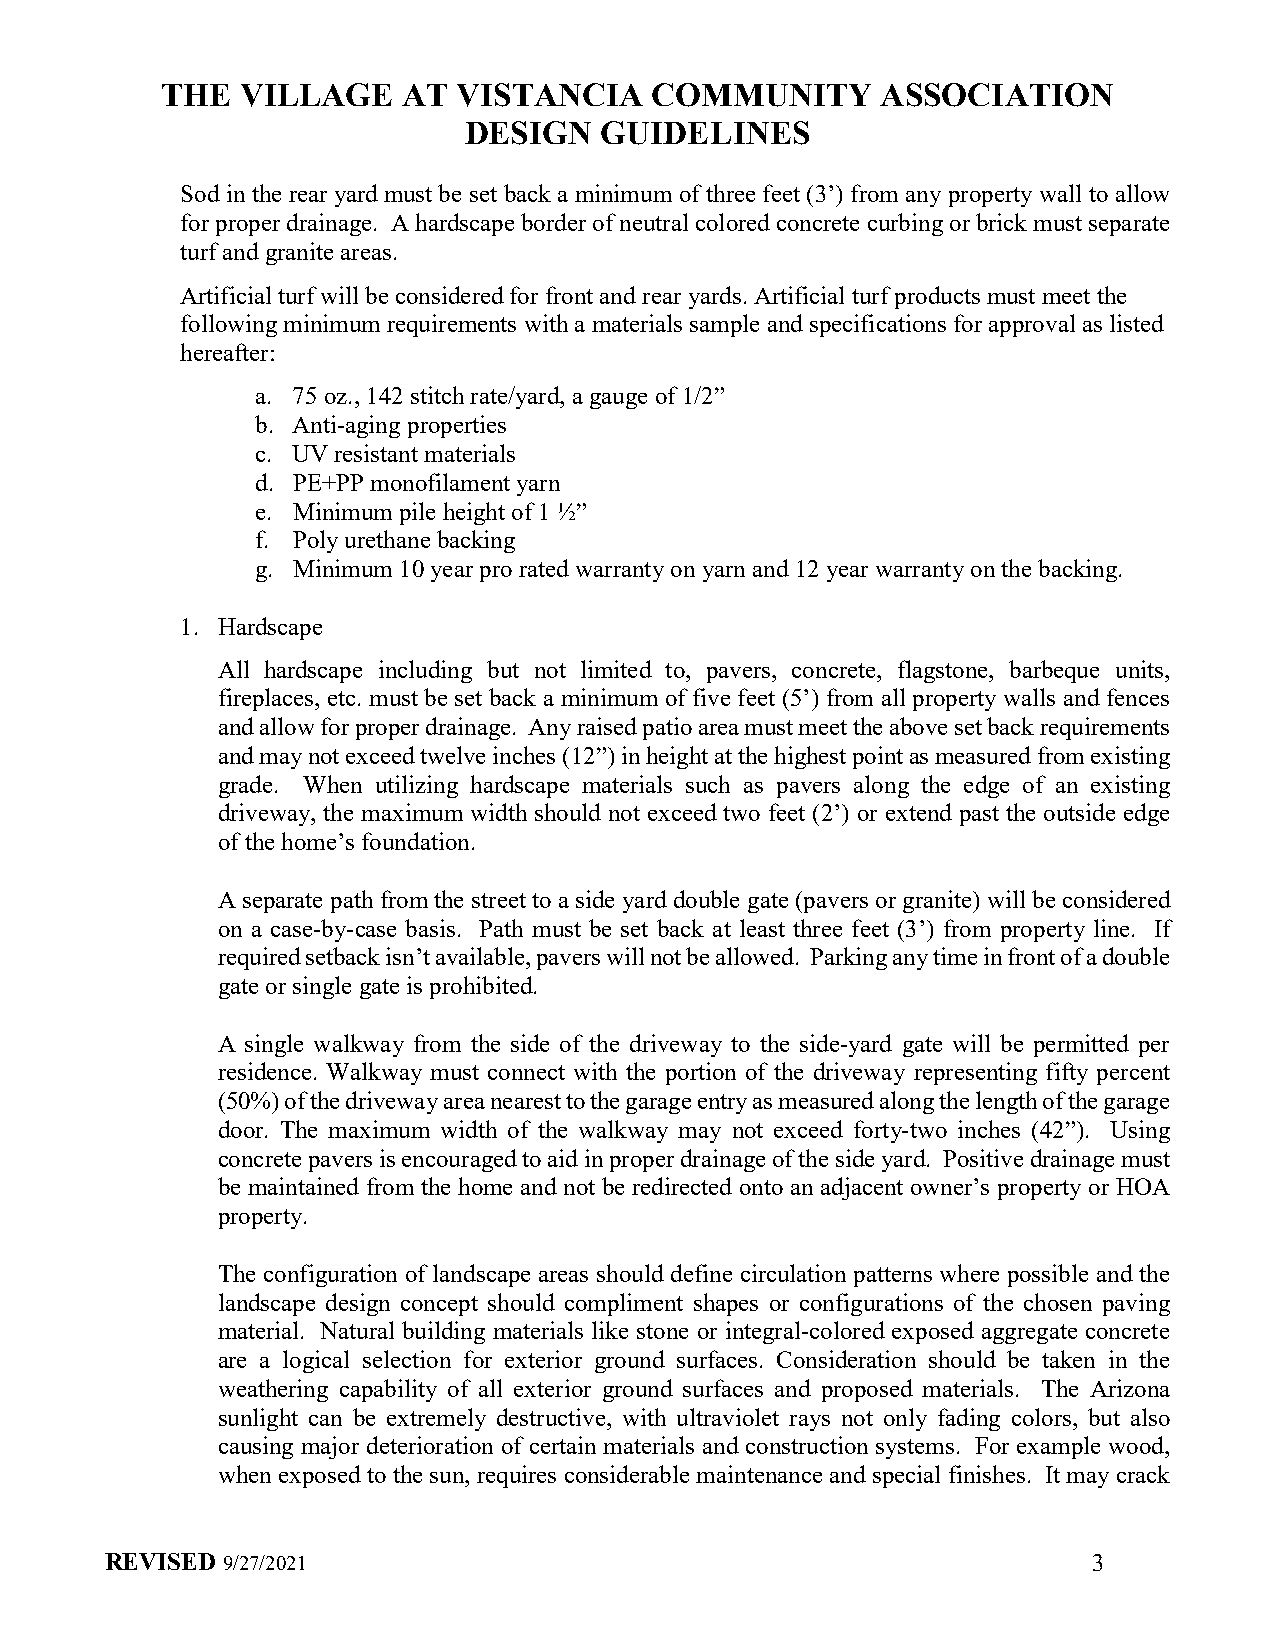
THE  VILLAGE    AT VISTANCIA    COMMUNITY      ASSOCIATION
 DESIGN   GUIDELINES
 Sod in the rear yard must be set back a minimum of three feet (3’) from any property wall to allow
 for proper drainage. A hardscape border of neutral colored concrete curbing or brick must separate
 turf and granite areas.
 Artificial turf will be considered for front and rear yards. Artificial turf products must meet the
 following minimum requirements with a materials sample and specifications for approval as listed
 hereafter:
 a. 75 oz., 142 stitch rate/yard, a gauge of 1/2”
 b. Anti-aging properties
 c. UV resistant materials
 d. PE+PP monofilament yarn
 e. Minimum pile height of 1 ½”
 f. Poly urethane backing
 g. Minimum 10 year pro rated warranty on yarn and 12 year warranty on the backing.
 1. Hardscape
 All hardscape including but not limited to, pavers, concrete, flagstone, barbeque units,
 fireplaces, etc. must be set back a minimum of five feet (5’) from all property walls and fences
 and allow for proper drainage. Any raised patio area must meet the above set back requirements
 and may not exceed twelve inches (12”) in height at the highest point as measured from existing
 grade. When utilizing hardscape materials such as pavers along the edge of an existing
 driveway, the maximum width should not exceed two feet (2’) or extend past the outside edge
 of the home’s foundation.
 A separate path from the street to a side yard double gate (pavers or granite) will be considered
 on a case-by-case basis. Path must be set back at least three feet (3’) from property line. If
 required setback isn’t available, pavers will not be allowed. Parking any time in front of a double
 gate or single gate is prohibited.
 A single walkway from the side of the driveway to the side-yard gate will be permitted per
 residence. Walkway must connect with the portion of the driveway representing fifty percent
 (50%) of the driveway area nearest to the garage entry as measured along the length of the garage
 door. The maximum width of the walkway may not exceed forty-two inches (42”). Using
 concrete pavers is encouraged to aid in proper drainage of the side yard. Positive drainage must
 be maintained from the home and not be redirected onto an adjacent owner’s property or HOA
 property.
 The configuration of landscape areas should define circulation patterns where possible and the
 landscape design concept should compliment shapes or configurations of the chosen paving
 material. Natural building materials like stone or integral-colored exposed aggregate concrete
 are a logical selection for exterior ground surfaces. Consideration should be taken in the
 weathering capability of all exterior ground surfaces and proposed materials. The Arizona
 sunlight can be extremely destructive, with ultraviolet rays not only fading colors, but also
 causing major deterioration of certain materials and construction systems. For example wood,
 when exposed to the sun, requires considerable maintenance and special finishes. It may crack
 REVISED 9/27/2021                                                3